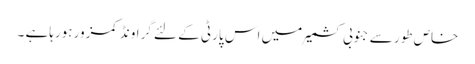
خاص طور سے جنوبی کشمیر میں اس پارٹی کے لئے گراونڈ کمزور ہورہاہے ۔